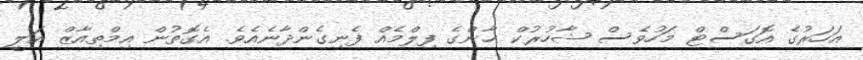
އަހަރުގެ އޮގަސްޓް މަހުވެސް ޝާހުރުކް ޚާންގެ ފިލްމެއް ފެނިގެންދާނެއެވެ. އެގޮތުން އިމްތިއާޒް އަލީ